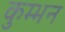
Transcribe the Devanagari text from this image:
कुम्भन